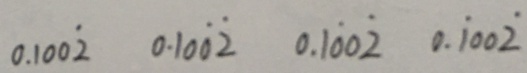
0 . 1 0 0 \dot { 2 } 0 . 1 0 \dot { 0 } \dot { 2 } 0 . 1 \dot { 0 } 0 \dot { 2 } 0 . \dot { 1 } 0 0 \dot { 2 }